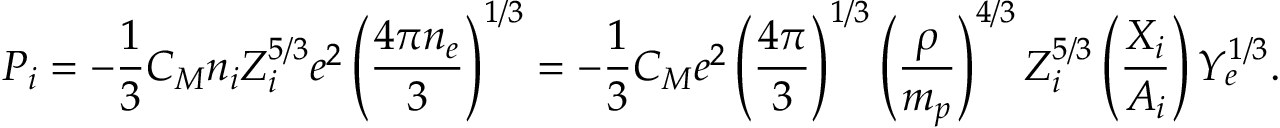
P _ { i } = - { \frac { 1 } { 3 } } C _ { M } n _ { i } Z _ { i } ^ { 5 / 3 } e ^ { 2 } \left( { \frac { 4 \pi n _ { e } } { 3 } } \right) ^ { 1 / 3 } = - { \frac { 1 } { 3 } } C _ { M } e ^ { 2 } \left( { \frac { 4 \pi } { 3 } } \right) ^ { 1 / 3 } \left( { \frac { \rho } { m _ { p } } } \right) ^ { 4 / 3 } Z _ { i } ^ { 5 / 3 } \left( { \frac { X _ { i } } { A _ { i } } } \right) Y _ { e } ^ { 1 / 3 } .